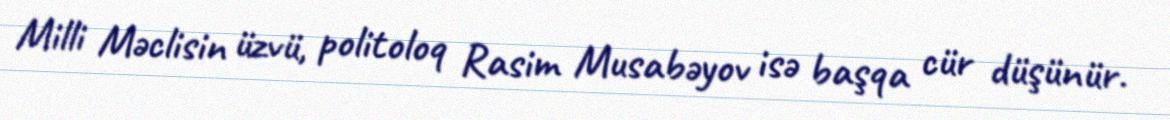
Milli Məclisin üzvü, politoloq Rasim Musabəyov isə başqa cür düşünür.